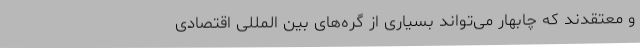
و معتقدند که چابهار می‌تواند بسیاری از گره‌های بین المللی اقتصادی